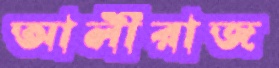
আলীরাজ